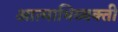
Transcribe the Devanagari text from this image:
आत्माभिव्यक्ती